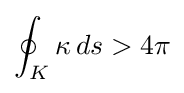
\oint _{K}\kappa \,ds>4\pi